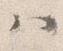
ハ